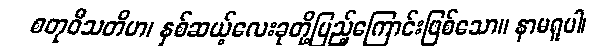
စတုဝီသတိမာ၊ နှစ်ဆယ့်လေးခုတို့ပြည့်ကြောင်းဖြစ်သော။ နာမရူပါ၊